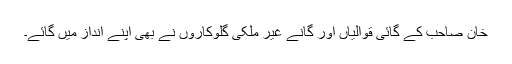
خان صاحب کے گائی قوالیاں اور گانے غیر ملکی گلوکاروں نے بھی اپنے انداز میں گائے۔